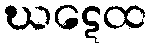
ဃဋေထ